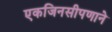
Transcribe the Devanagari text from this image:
एकजिनसीपणाने